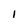
Character: 1